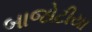
બાજોટીયા